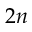
2 n